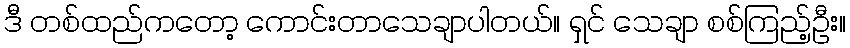
ဒီ တစ်ထည်ကတော့ ကောင်းတာသေချာပါတယ်။ ရှင် သေချာ စစ်ကြည့်ဦး။